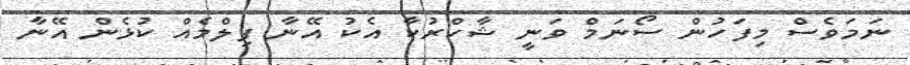
ނަމަވެސް މިފަހުން ސޯނަމް ވަނީ ޝާހްރުކާ އެކު އޭނާ ފިލްމެއް ކުޅެން އޭނާ